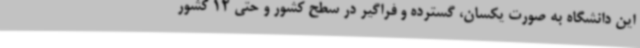
این دانشگاه به صورت یکسان، گسترده و فراگیر در سطح کشور و حتی 12 کشور